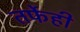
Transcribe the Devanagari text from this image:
तर्फेही